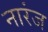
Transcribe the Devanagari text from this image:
नारंज